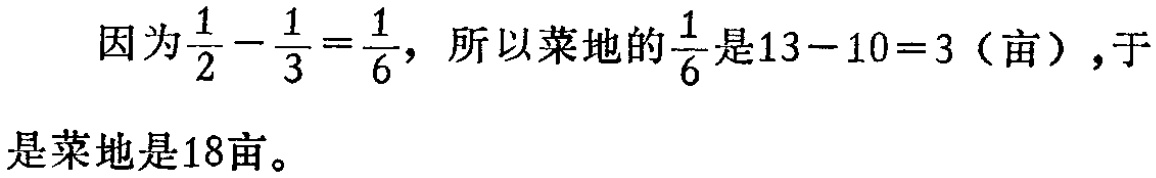
因为$\frac{1}{2}-\frac{1}{3}=\frac{1}{6}$，所以菜地的$\frac{1}{6}$是$13 - 10 = 3$（亩），于是菜地是18亩。